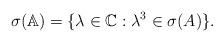
LaTeX: \begin{align*} \sigma(\mathbb{A})=\{\lambda \in \mathbb{C}: \lambda^3 \in \sigma(A)\}.\end{align*}